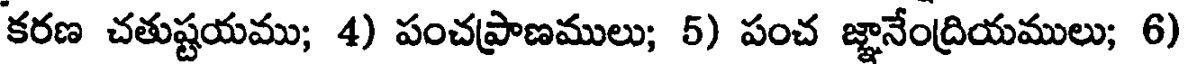
కరణ చతుష్టయము; 4) పంచప్రాణములు; 5) పంచ జ్ఞానేంద్రియములు; 6)